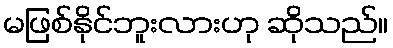
မဖြစ်နိုင်ဘူးလားဟု ဆိုသည်။